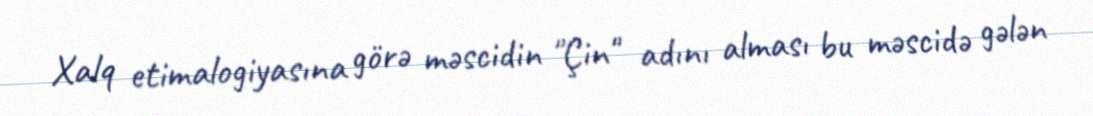
Xalq etimalogiyasına görə məscidin "Çin" adını alması bu məscidə gələn